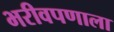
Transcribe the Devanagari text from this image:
भरीवपणाला